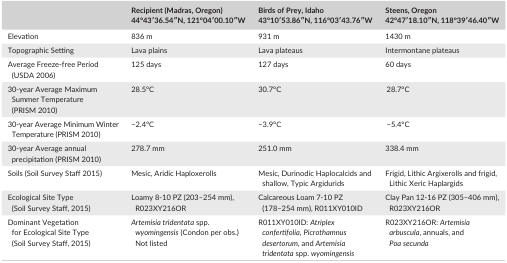
<table><thead><tr><td></td><td><b>Recipient (Madras, Oregon)44°43′36.54′′N, 121°04′00.10′′W</b></td><td><b>Birds of Prey, Idaho43°10′53.86′′N, 116°03′43.76′′W</b></td><td><b>Steens, Oregon 42°47′18.10′′N, 118°39′46.40′′W</b></td></tr></thead><tbody><tr><td>Elevation</td><td>836 m</td><td>931 m</td><td>1430 m</td></tr><tr><td>Topographic Setting</td><td>Lava plains</td><td>Lava plateaus</td><td>Intermontane plateaus</td></tr><tr><td>Average Freeze‐free Period (USDA 2006)</td><td>125 days</td><td>127 days</td><td>60 days</td></tr><tr><td>30‐year Average Maximum Summer Temperature (PRISM 2010)</td><td>28.5°C</td><td>30.7°C</td><td>28.7°C</td></tr><tr><td>30‐year Average Minimum Winter Temperature (PRISM 2010)</td><td>−2.4°C</td><td>−3.9°C</td><td>−5.4°C</td></tr><tr><td>30‐year Average annual precipitation (PRISM 2010)</td><td>278.7 mm</td><td>251.0 mm</td><td>338.4 mm</td></tr><tr><td>Soils (Soil Survey Staff 2015)</td><td>Mesic, Aridic Haploxerolls</td><td>Mesic, Durinodic Haplocalcids and shallow, Typic Argidurids</td><td>Frigid, Lithic Argixerolls and frigid, Lithic Xeric Haplargids</td></tr><tr><td>Ecological Site Type (Soil Survey Staff, 2015)</td><td>Loamy 8‐10 PZ (203–254 mm), R023XY216OR</td><td>Calcareous Loam 7‐10 PZ (178–254 mm), R011XY010ID</td><td>Clay Pan 12‐16 PZ (305–406 mm), R023XY216OR</td></tr><tr><td>Dominant Vegetation for Ecological Site Type (Soil Survey Staff, 2015)</td><td><i>Artemisia tridentata</i> spp. <i>wyomingensis</i> (Condon per obs.)Not listed</td><td>R011XY010ID: <i>Atriplex confertifolia</i>,<i> Picrothamnus desertorum,</i> and <i>Artemisia tridentata</i> spp. <i>wyomingensis</i></td><td>R023XY216OR: <i>Artemisia arbuscula</i>, annuals, and <i>Poa secunda</i></td></tr></tbody></table>